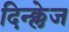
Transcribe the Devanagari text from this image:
दिन्क्लेज